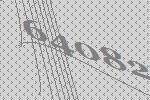
64082